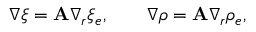
\nabla \xi = { \bf A } \nabla _ { r } \xi _ { e } , \qquad \nabla \rho = { \bf A } \nabla _ { r } \rho _ { e } ,